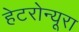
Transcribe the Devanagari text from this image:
हेटरोन्यूरा